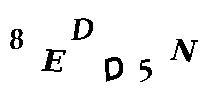
8EDE5N